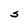
Character: S